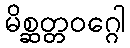
မိစ္ဆတ္တဝဂ္ဂေါ